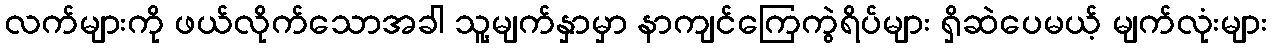
လက်များကို ဖယ်လိုက်သောအခါ သူ့မျက်နှာမှာ နာကျင်ကြေကွဲရိပ်များ ရှိဆဲပေမယ့် မျက်လုံးများ